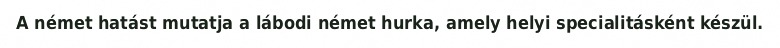
A német hatást mutatja a lábodi német hurka, amely helyi specialitásként készül.